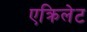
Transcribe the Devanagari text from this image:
एक्रिलेट